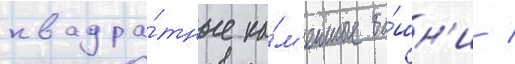
квадра́тные ка́м'енные ба́шн'и /